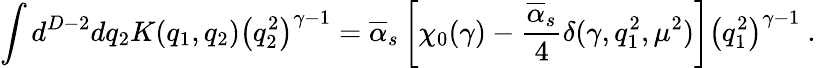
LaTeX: \int d^{D-2}dq_{2}K(q_{1},q_{2})\left(q_{2}^{2}\right)^{\gamma-1}=\overline{{{\alpha}}}_{s}\left[\chi_{0}(\gamma)-\frac{\overline{{{\alpha}}}_{s}}{4}\delta(\gamma,q_{1}^{2},\mu^{2})\right]\left(q_{1}^{2}\right)^{\gamma-1}~.